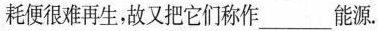
耗便很难再生，故又把它们称作___能源。